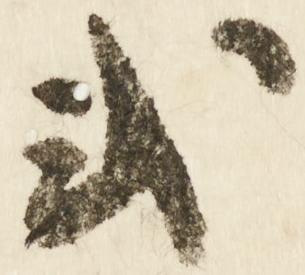
式